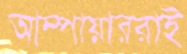
আম্পায়াররাই